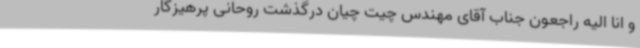
و انا الیه راجعون جناب آقای مهندس چیت چیان درگذشت روحانی پرهیزگار